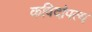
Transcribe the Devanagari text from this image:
कविदांपत्य